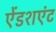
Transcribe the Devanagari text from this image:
ऐंडशएंट